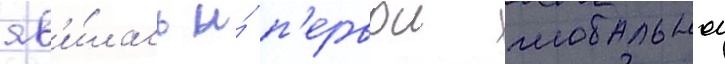
яв'и́лась и́ п'ервои глобальнои